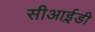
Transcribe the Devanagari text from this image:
सीआई़डी